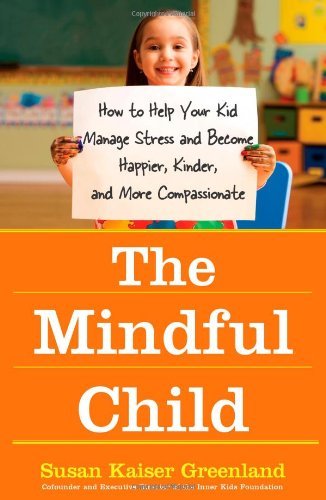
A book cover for The Mindful Child: How to Help Your Kid Manage Stress and Become Happier, Kinder, and More Compassionate; Susan Kaiser Greenland; Self-Help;